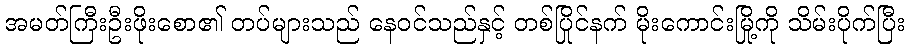
အမတ်ကြီးဦးဖိုးစော၏ တပ်များသည် နေဝင်သည်နှင့် တစ်ပြိုင်နက် မိုးကောင်းမြို့ကို သိမ်းပိုက်ပြီး